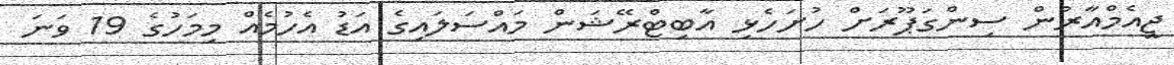
ޖީއެމްއާރުން ސިންގަޕޫރަށް ހުށަހެޅި އާބިޓްރޭޝަން މައްސަލައިގެ އަޑު އެހުމެއް މިމަހުގެ 19 ވަނަ